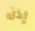
إذن